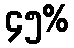
၄၅%